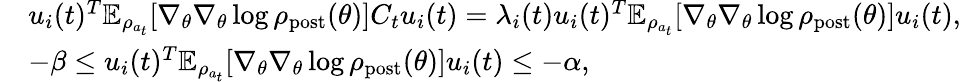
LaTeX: \begin{array}{rl}&{u_{i}(t)^{T}\mathbb{E}_{\rho_{a_{t}}}[\nabla_{\theta}\nabla_{\theta}\log\rho_{\mathrm{post}}(\theta)]C_{t}u_{i}(t)=\lambda_{i}(t)u_{i}(t)^{T}\mathbb{E}_{\rho_{a_{t}}}[\nabla_{\theta}\nabla_{\theta}\log\rho_{\mathrm{post}}(\theta)]u_{i}(t),}\\ &{-\beta\leq u_{i}(t)^{T}\mathbb{E}_{\rho_{a_{t}}}[\nabla_{\theta}\nabla_{\theta}\log\rho_{\mathrm{post}}(\theta)]u_{i}(t)\leq-\alpha,}\end{array}